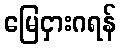
မြေငှားဂရန်